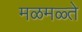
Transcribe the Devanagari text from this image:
मळमळ्ते